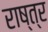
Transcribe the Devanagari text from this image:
राष्त्र